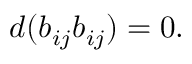
d ( b _ { i j } b _ { i j } ) = 0 .